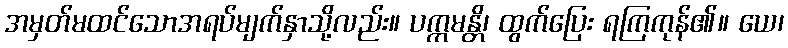
အမှတ်မထင်သောအရပ်မျက်နှာသို့လည်း။ ပက္ကမန္တိ၊ ထွက်ပြေး ရကြကုန်၏။ ယေ၊